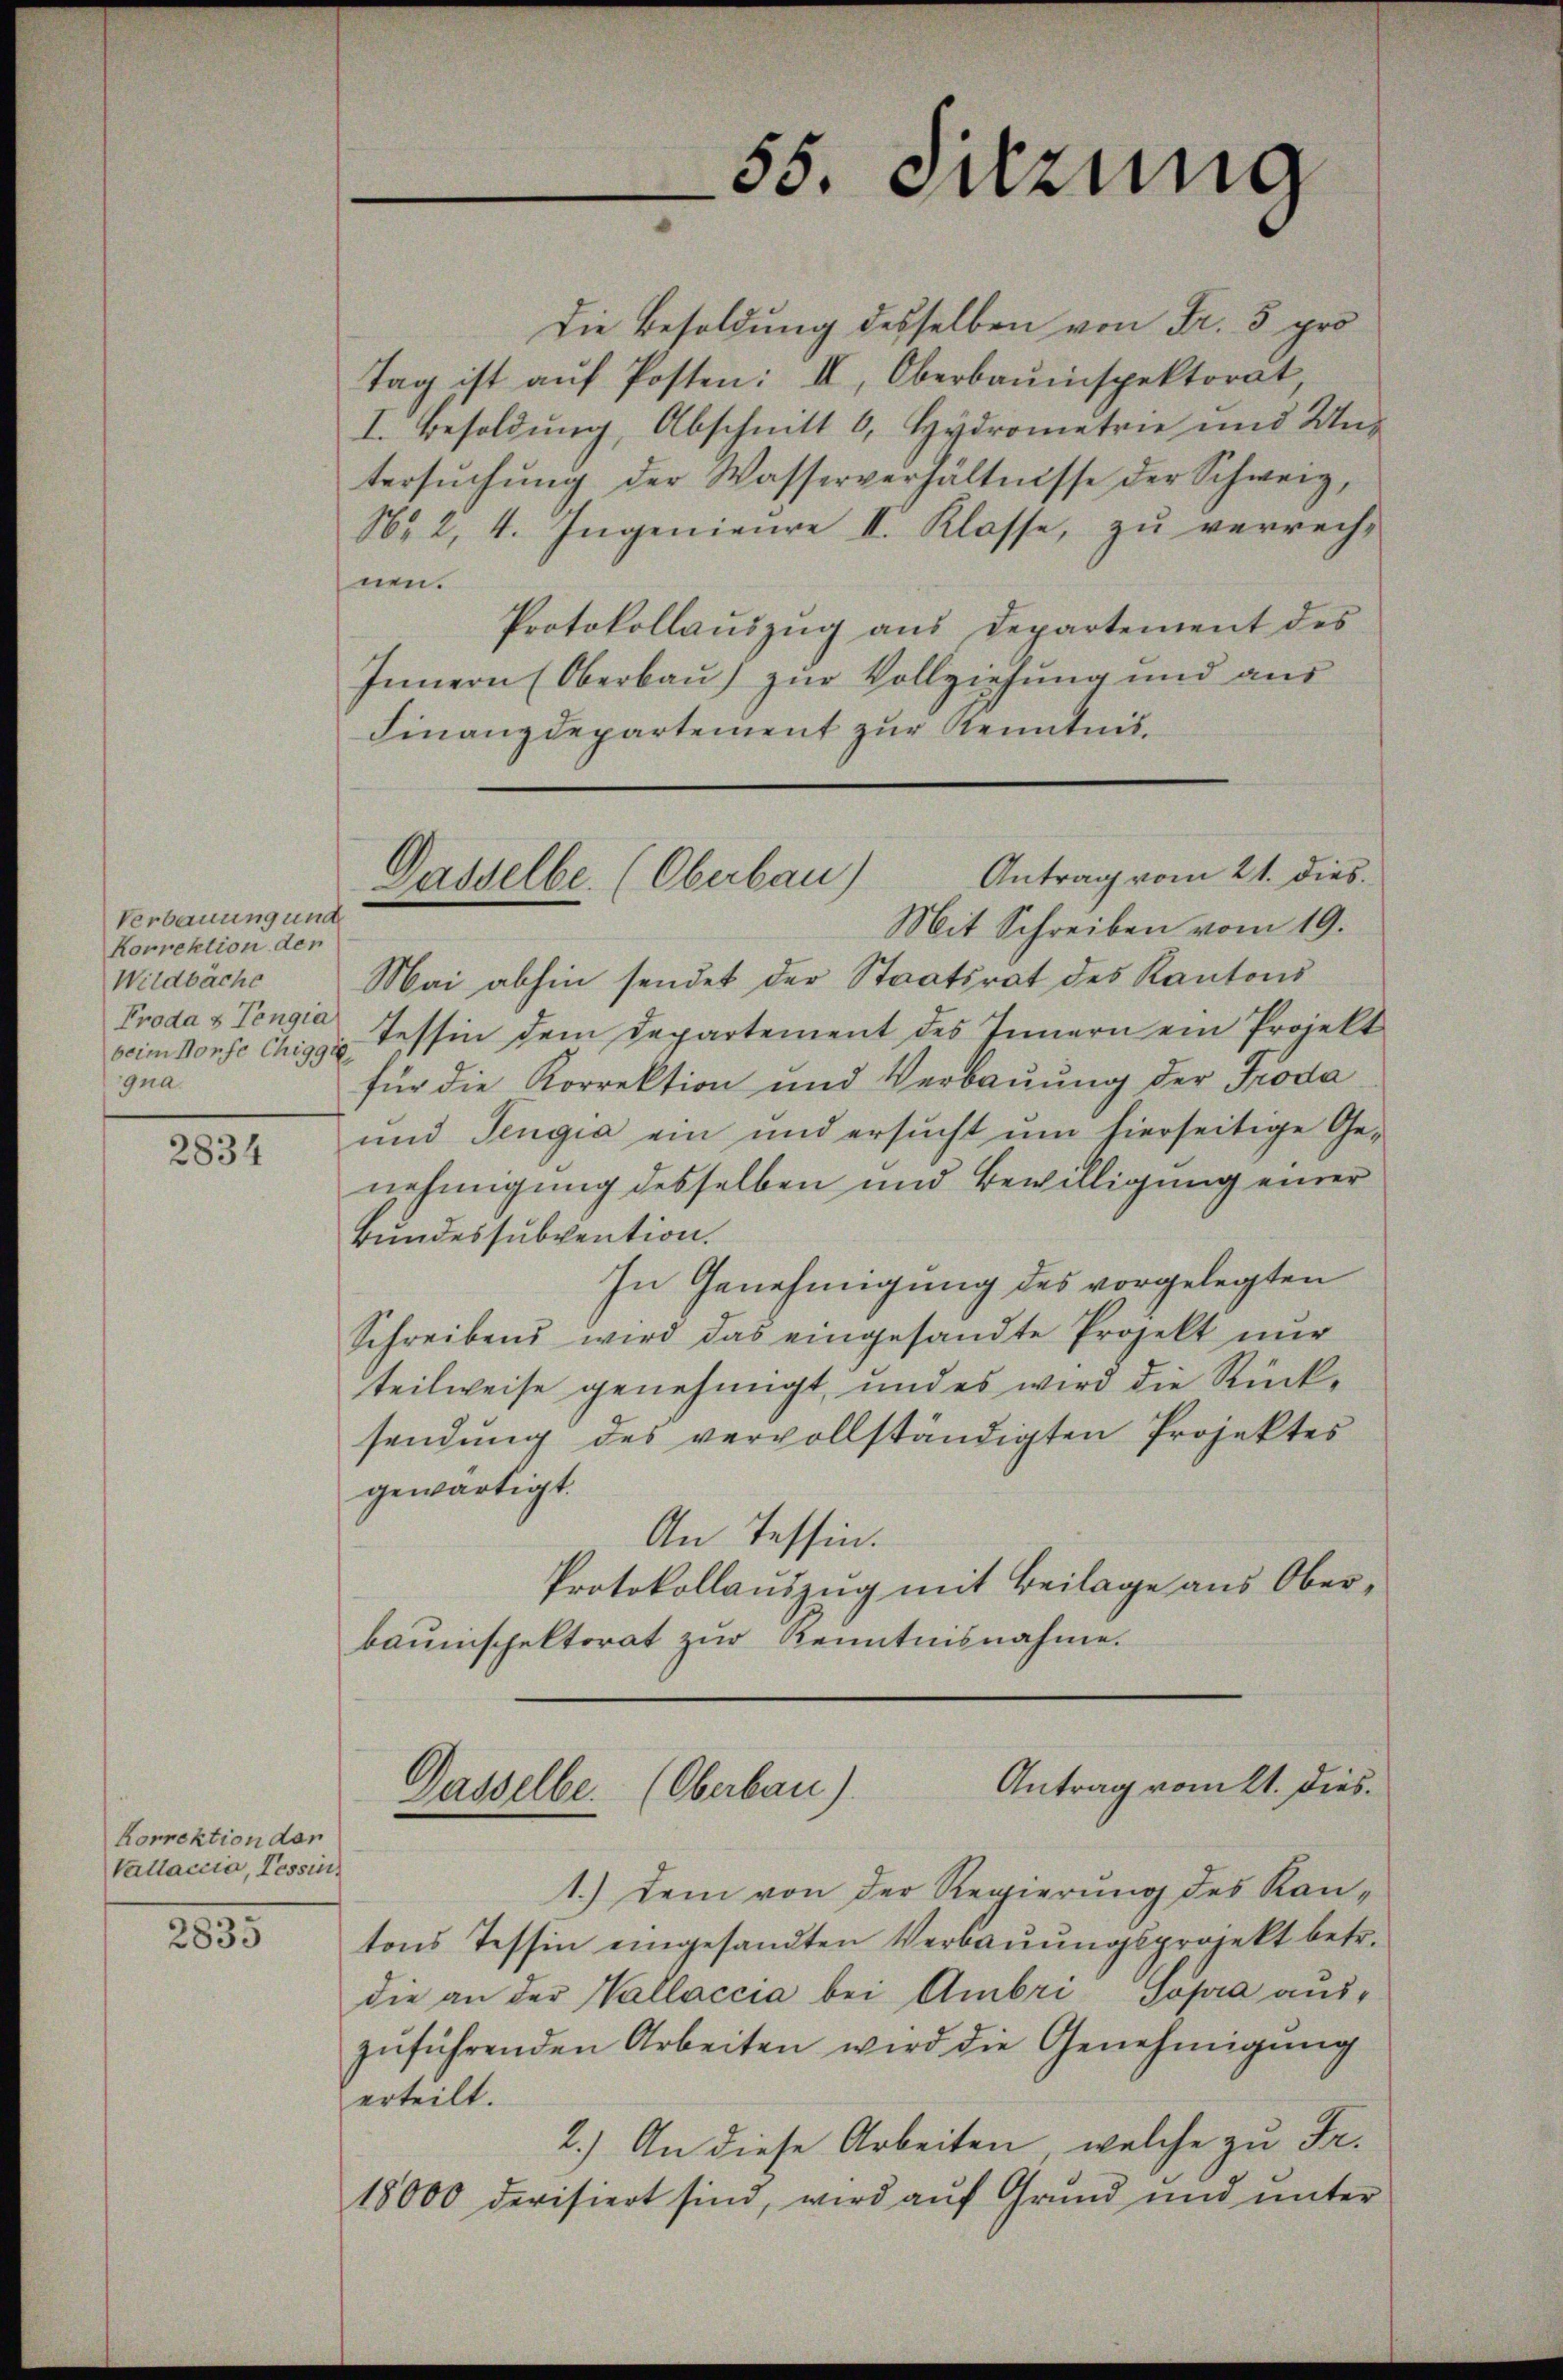
Verbauung und
Korrektion den
Wildbäche
Froda 8 Tengia
beim Horse Chigge
gna.

2834

Korrektion der
Vallaccia, Tessin,

2835

Die Besoldung desselben von Fr. 5 pro¬
Tag ist aŭf Posten: II, Oberbauinspektorat,
I. Besoldung, Abschnitt 6, Hydrometrie und Untersŭchŭng der Wasserverhältnisse der Schweig,
No 2, 4. Ingenieure II. Klasse, zu verrech-
nen.
Protokollaŭszŭg aŭs Departement des
Innern (Oberbau) zur Vollziehung und aus
Finanzdepartement zur Kenntnis.
Mit Schreiben vom 19.
Mai abhin sendet der Staatsrat des Kantons
Tessin dem Departement des Innern ein Projekt
für die Korrektion und Verbauung der Troda
und Tengia ein und ersucht um hierseitige Ge-
nehmigung desselben und Bewilligung einer
Bundessubvention.
In Genehmigung des vorgelegten
Schreibens wird das eingesandte Projekt nur
teilweise genehmigt, und es wird die Rück-
sendung des vervollständigten Projektes
gewärtigt.
An Tessin.
Protokollauszug mit Beilage aus Oberbauinspektorat zur Kenntnisnahme.

55. Jung

Antrag vom 21. dies
Dasselbe (Oberbau)

Antrag vom 21. Dies
Dasselbe. (Oberbau).

1.) Dem von der Regierung des Kan-
tons Tessin eingesandten Verbauungsprojekt betr.
die an der Vallaccia bei Ambri sopra auszŭführenden Arbeiten wird die Genehmigŭng
erteilt.
2.) An diese Arbeiten, welche zu Fr.
18000 devisiert sind, wird aŭf Grŭnd und unter